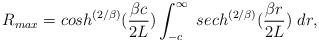
LaTeX: \begin{align*}R_{max} = cosh^{\left({2/\beta}\right)}({{\beta c} \over {2L}})\int^{\infty}_{-c}\,\, sech^{\left({2/\beta}\right)}({{\beta r} \over {2L}})\,\,dr,\end{align*}